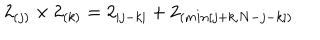
2 _ { ( j ) } \times 2 _ { ( k ) } = 2 _ { | j - k | } + 2 _ { ( m i n [ j + k , N - j - k ] ) }